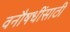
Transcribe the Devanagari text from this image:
वनौषधींसाठी